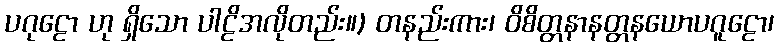
ပဂုဠော ဟု ရှိသော ပါဠိအလိုတည်း။) တနည်းကား၊ ဝိစိတ္တနာနတ္တနယောပဂူဠော၊